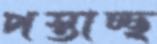
পস্তাচ্ছ